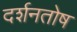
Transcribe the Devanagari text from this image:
दर्शनतोष